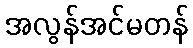
အလွန်အင်မတန်